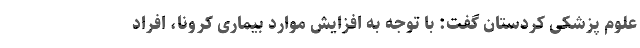
علوم پزشکی کردستان گفت: با توجه به افزایش موارد بیماری کرونا، افراد